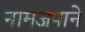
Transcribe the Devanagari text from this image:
नामजपाने